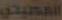
الفصيحي